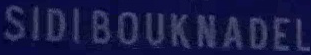
SIDIBOUKNADEL